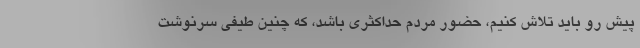
پیش رو باید تلاش کنیم، حضور مردم حداکثری باشد، که چنین طیفی سرنوشت